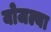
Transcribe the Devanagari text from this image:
योजल्या